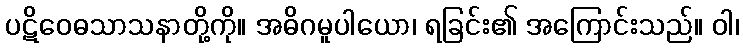
ပဋိဝေဓသာသနာတို့ကို။ အဓိဂမူပါယော၊ ရခြင်း၏ အကြောင်းသည်။ ဝါ၊